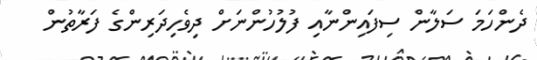
ދެންހަމަ ސަލާން ސިފައިންނާއި ފުލުހުންނަށް ދިވެހިދަރިންގެ ފަރާތުން